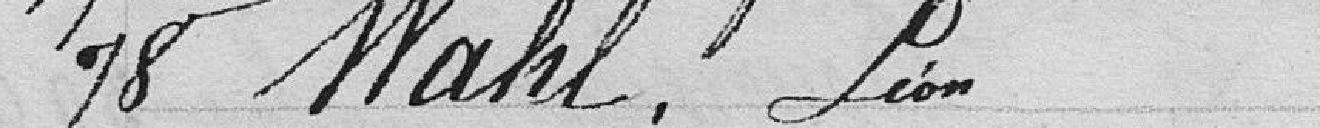
78 Wahl, Léon